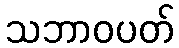
သဘာဝပတ်